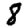
Digit: 8